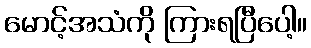
မောင့်အသံကို ကြားရပြီပေါ့။